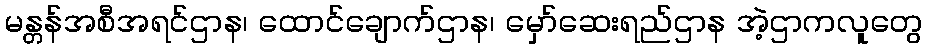
မန္တန်အစီအရင်ဌာန၊ ထောင်ချောက်ဌာန၊ မှော်ဆေးရည်ဌာန အဲ့ဌာကလူတွေ